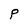
Character: P